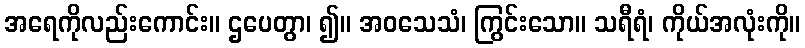
အရေကိုလည်းကောင်း။ ဌပေတွာ၊ ၍။ အဝသေသံ၊ ကြွင်းသော။ သရီရံ၊ ကိုယ်အလုံးကို။